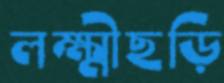
লক্ষ্মীছড়ি